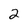
Character: 2